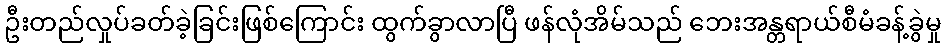
ဦးတည်လှုပ်ခတ်ခဲ့ခြင်းဖြစ်ကြောင်း ထွက်ခွာလာပြီ ဖန်လုံအိမ်သည် ဘေးအန္တရာယ်စီမံခန့်ခွဲမှု